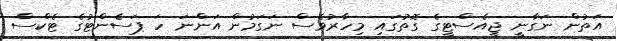
އަތުން ނަގާނީ ޖީއެސްޓީގެ ގޮތުގައި މިހާރުވެސް ނަގަމުން އަންނަ ހަ ޕަސެންޓުގެ ޓެކްސް